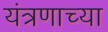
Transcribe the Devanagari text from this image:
यंत्रणाच्या